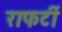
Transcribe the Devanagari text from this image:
राफर्टी